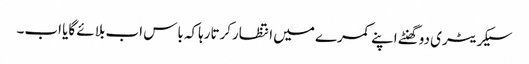
سیکریٹری دوگھنٹے اپنے کمرے میں انتظارکرتارہاکہ باس اب بلائے گایا اب۔